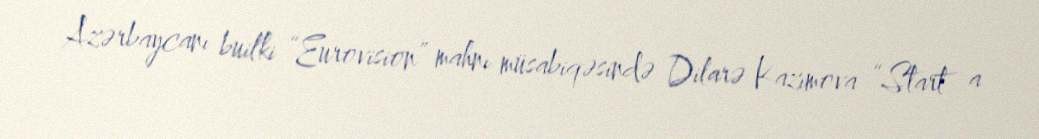
Azərbaycanı builki “Eurovision” mahnı müsabiqəsində Dilarə Kazımova “Start a